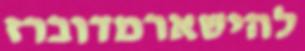
להישארמדוברז